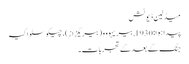
میڈلین ڈیوٹش
پیدا ہوا: 1930, بیریہووو (بیریگزاز)، چیکوسلواکیہ
جنگ کے بعد کے تجربات۔